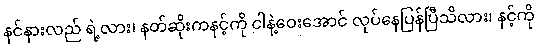
နင်နားလည် ရဲ့လား၊ နတ်ဆိုးကနင့်ကို ငါနဲ့ဝေးအောင် လုပ်နေပြန်ပြီသိလား၊ နင့်ကို